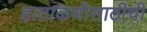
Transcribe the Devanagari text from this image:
हाताळणीसाठीची